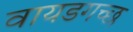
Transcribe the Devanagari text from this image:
वायडगच्छ